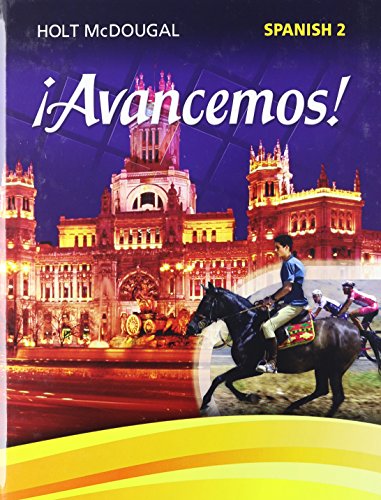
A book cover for ?Avancemos!: Student Edition Level 2 2013 (Spanish Edition); HOLT MCDOUGAL; Teen & Young Adult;